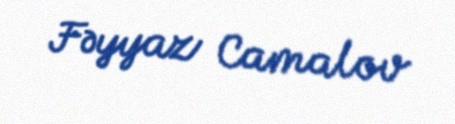
Fəyyaz Camalov